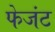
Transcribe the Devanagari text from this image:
फेजंट